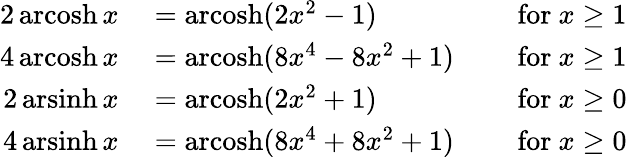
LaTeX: \begin{array}{rlr}{2\operatorname{arcosh}x}&{{}=\operatorname{arcosh}(2x^{2}-1)}&{\quad{\mathrm{~for~}}x\geq 1}\\ {4\operatorname{arcosh}x}&{{}=\operatorname{arcosh}(8x^{4}-8x^{2}+1)}&{\quad{\mathrm{~for~}}x\geq 1}\\ {2\operatorname{arsinh}x}&{{}=\operatorname{arcosh}(2x^{2}+1)}&{\quad{\mathrm{~for~}}x\geq 0}\\ {4\operatorname{arsinh}x}&{{}=\operatorname{arcosh}(8x^{4}+8x^{2}+1)}&{\quad{\mathrm{~for~}}x\geq 0}\end{array}